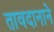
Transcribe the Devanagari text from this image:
तावदानाने